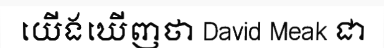
យើងឃើញថា David Meak ជា